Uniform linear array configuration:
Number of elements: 24
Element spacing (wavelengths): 0.75
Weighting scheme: cosine
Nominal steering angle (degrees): -30
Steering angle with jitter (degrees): -30.811
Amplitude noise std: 0.05
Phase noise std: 0.05

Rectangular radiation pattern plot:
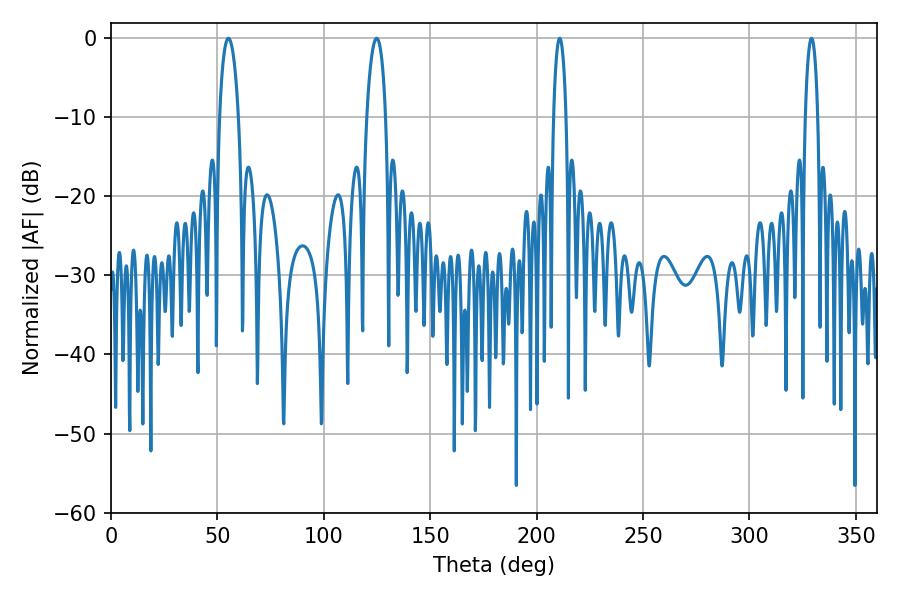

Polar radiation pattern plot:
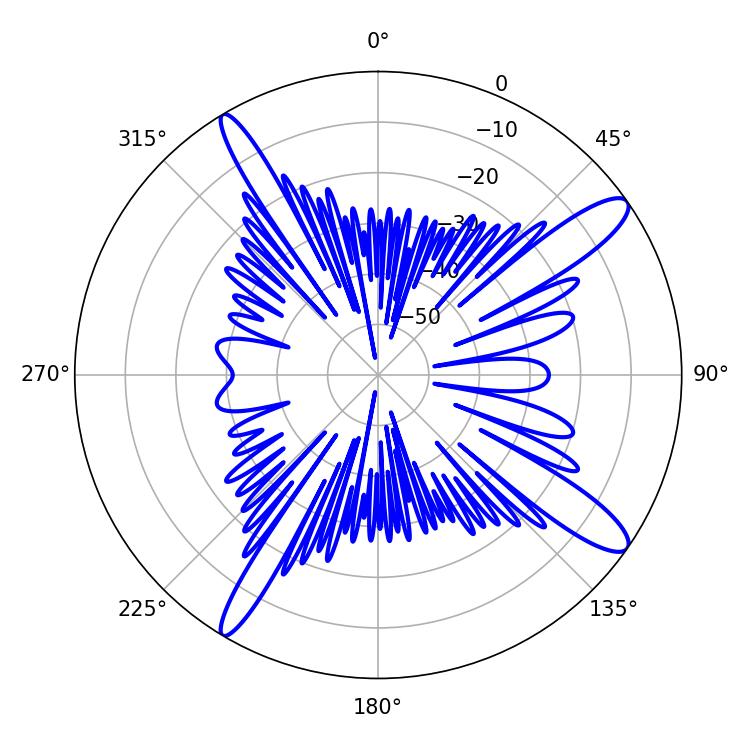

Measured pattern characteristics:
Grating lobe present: TRUE
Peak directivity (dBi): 13.311
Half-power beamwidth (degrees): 3.24
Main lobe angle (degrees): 210.78